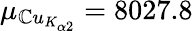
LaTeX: \mu_{\mathbb{C}u_{K_{\alpha2}}}=8027.8